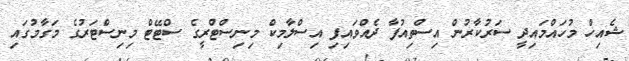
ޝެއިޚް މުހައްމައިދީ ސަރުކާރުން އިސްތިއުފާ ދެއްވައިފި އިސްލާމިކް މިނިސްޓްރީގެ ސްޓޭޓް މިނިސްޓަރުގެ މަގާމުގައި